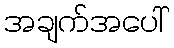
အချက်အပေါ်